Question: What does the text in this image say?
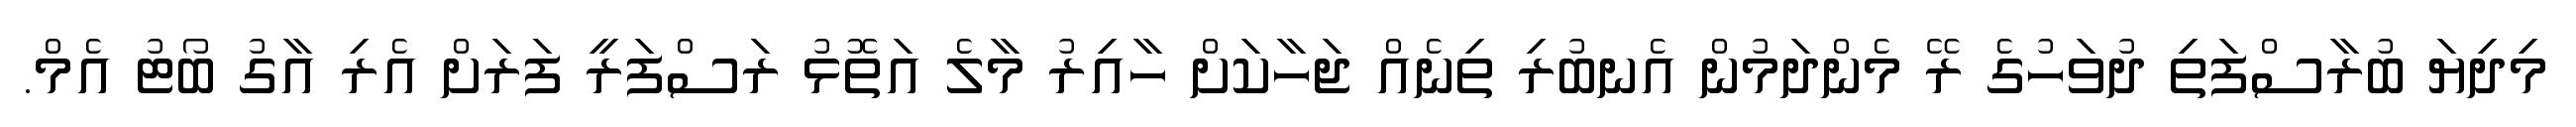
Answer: މިދިޔަ ބުރާސްފަތި ދުވަހުގެ ރޭ މެންދަމުން އެނބުރި ތިނެއް ޖަހާކަށް ހާއިރު މާލެ އަތޮޅު ރަސްފަރީ ފަރަށް އެރި އާގު ބޯޓު އެމް.